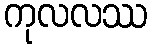
ကုလလဿ